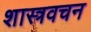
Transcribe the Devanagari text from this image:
शास्त्रवचन